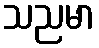
သညမာ